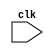
module main (clk) ; 
  input clk; 
   wire [0:4] aluOut ;  
   wire [0:4] memOut1 ;  
   wire [0:4] memOut2 ;  
   wire [0:2] readLoc1 ;  
   wire [0:2] readLoc2 ;  
   wire [0:11] instruction ;  
   wire [0:2] opcode ;  
   wire [0:2] writeLoc ;  
   wire [0:2] progCntr ;  
  memory M(clk,opcode,readLoc1,readLoc2,writeLoc,aluOut,memOut1,memOut2); 
  program P(clk,progCntr,instruction); 
  decodeOpcd Opcode(clk,instruction,opcode); 
  decodeLoc1 Loc1(clk,instruction,readLoc1); 
  decodeLoc2 Loc2(clk,instruction,readLoc2); 
  decodeLoc3 Loc3(clk,instruction,writeLoc); 
  alu ALU(clk,opcode,memOut1,memOut2,aluOut); 
  pc PC(clk,opcode,memOut1,memOut2,progCntr); 
endmodule
 
module memory (clk,opcode,readLoc1,readLoc2,writeLoc,data,memOut1,memOut2) ; 
  input clk; 
  input [0:2] opcode; 
  input [0:2] readLoc1; 
  input [0:2] readLoc2; 
  input [0:2] writeLoc; 
  input [0:4] data; 
  output [0:4] memOut1; 
  output [0:4] memOut2; 
   wire [0:4] memOut1 ;  
   wire [0:4] memOut2 ;  
   reg [0:4] m0 ;  
   reg [0:4] m1 ;  
   reg [0:4] m2 ;  
   reg [0:4] m3 ;  
   reg [0:4] m4 ;  
   reg [0:4] m5 ;  
   reg [0:4] m6 ;  
   reg [0:4] m7 ;  initial
    begin 
      m0 =1;
    end  initial
    begin 
      m1 =0;
    end  initial
    begin 
      m2 =0;
    end  initial
    begin 
      m3 =0;
    end  initial
    begin 
      m4 =0;
    end  initial
    begin 
      m5 =0;
    end  initial
    begin 
      m6 =0;
    end  initial
    begin 
      m7 =0;
    end  
  assign memOut1=(readLoc1==0)?m0:(readLoc1==1)?m1:(readLoc1==2)?m2:(readLoc1==3)?m3:(readLoc1==4)?m5:(readLoc1==5)?m5:(readLoc1==6)?m6:m7; 
  assign memOut2=(readLoc2==0)?m0:(readLoc2==1)?m1:(readLoc2==2)?m2:(readLoc2==3)?m3:(readLoc2==4)?m5:(readLoc2==5)?m5:(readLoc2==6)?m6:m7; 
  always @( posedge clk)
       begin 
         if (opcode!=1)
            begin 
              if (writeLoc==0)
                 begin 
                   m0 =data;
                 end 
              if (writeLoc==1)
                 begin 
                   m1 =data;
                 end 
              if (writeLoc==2)
                 begin 
                   m2 =data;
                 end 
              if (writeLoc==3)
                 begin 
                   m3 =data;
                 end 
              if (writeLoc==4)
                 begin 
                   m4 =data;
                 end 
              if (writeLoc==5)
                 begin 
                   m5 =data;
                 end 
              if (writeLoc==6)
                 begin 
                   m6 =data;
                 end 
              if (writeLoc==7)
                 begin 
                   m7 =data;
                 end 
            end 
       end
  
endmodule
 
module program (clk,progCntr,instruction) ; 
  input clk; 
  input [0:2] progCntr; 
  output [0:11] instruction; 
   wire [0:11] instr0 ;  
   wire [0:11] instr1 ;  
   wire [0:11] instr2 ;  
   wire [0:11] instr3 ;  
   wire [0:11] instr4 ;  
   wire [0:11] instr5 ;  
   wire [0:11] instr6 ;  
   wire [0:11] instr7 ;  
  assign instr0=576; 
  assign instr1=1152; 
  assign instr2=1728; 
  assign instr3=2304; 
  assign instr4=505; 
  assign instr5=0; 
  assign instr6=0; 
  assign instr7=0; 
  assign instruction=(progCntr==0)?instr0:(progCntr==1)?instr1:(progCntr==2)?instr2:(progCntr==3)?instr3:(progCntr==4)?instr4:(progCntr==5)?instr5:(progCntr==6)?instr6:instr7; 
endmodule
 
module decodeOpcd (clk,instruction,opcode) ; 
  input clk; 
  input [0:11] instruction; 
  output [0:2] opcode; 
  assign opcode=instruction[0:2]; 
endmodule
 
module decodeLoc1 (clk,instruction,readLoc1) ; 
  input clk; 
  input [0:11] instruction; 
  output [0:2] readLoc1; 
  assign readLoc1=instruction[3:5]; 
endmodule
 
module decodeLoc2 (clk,instruction,readLoc2) ; 
  input clk; 
  input [0:11] instruction; 
  output [0:2] readLoc2; 
  assign readLoc2=instruction[6:8]; 
endmodule
 
module decodeLoc3 (clk,instruction,writeLoc) ; 
  input clk; 
  input [0:11] instruction; 
  output [0:2] writeLoc; 
  assign writeLoc=instruction[9:11]; 
endmodule
 
module alu (clk,opcode,operand1,operand2,aluOut) ; 
  input clk; 
  input [0:2] opcode; 
  input [0:4] operand1; 
  input [0:4] operand2; 
  output [0:4] aluOut; 
  assign aluOut=(opcode==0)?(operand1+operand2):(opcode==3)?(operand1^operand2):(opcode==2)?(operand1&operand2):0; 
endmodule
 
module pc (clk,opcode,operand1,operand2,progCntr) ; 
  input clk; 
  input [0:2] opcode; 
  input [0:4] operand1; 
  input [0:4] operand2; 
  output [0:2] progCntr; 
   reg [0:2] progCntr ;  initial
    begin 
      progCntr =0;
    end  
  always @( posedge clk)
       begin 
         if ((opcode==1)&&(operand1==0))
            begin 
              progCntr =operand2[0:2];
            end 
          else 
            begin 
              progCntr =progCntr+1;
            end 
       end
  
endmodule